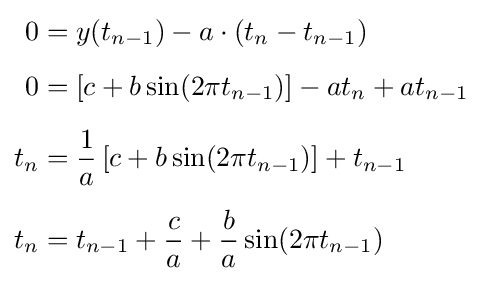
{\begin{aligned}0&=y(t_{n-1})-a\cdot (t_{n}-t_{n-1})\\[0.5em]0&=\left[c+b\sin(2\pi t_{n-1})\right]-at_{n}+at_{n-1}\\[0.5em]t_{n}&={\frac {1}{a}}\left[c+b\sin(2\pi t_{n-1})\right]+t_{n-1}\\[0.5em]t_{n}&=t_{n-1}+{\frac {c}{a}}+{\frac {b}{a}}\sin(2\pi t_{n-1})\end{aligned}}